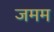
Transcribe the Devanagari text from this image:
जमम